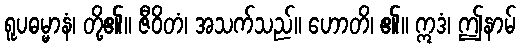
ရူပဓမ္မာနံ၊ တို့၏။ ဇီဝိတံ၊ အသက်သည်။ ဟောတိ၊ ၏။ ဣဒံ၊ ဤနာမ်